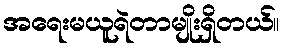
အရေးမယူရဲတာမျိုးရှိတယ်။